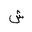
Letter: _shin